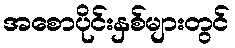
အစောပိုင်းနှစ်များတွင်